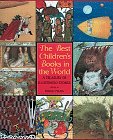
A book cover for Best Children's Books in the World: A Treasury of Illustrated Stories; Teen & Young Adult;